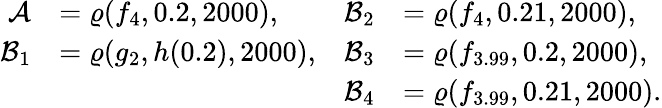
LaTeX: \begin{array}{rlrl}{\mathcal{A}}&{=\varrho(f_{4},0.2,2000),}&{\mathcal{B}_{2}}&{=\varrho(f_{4},0.21,2000),}\\ {\mathcal{B}_{1}}&{=\varrho(g_{2},h(0.2),2000),}&{\mathcal{B}_{3}}&{=\varrho(f_{3.99},0.2,2000),}\\ &{}&{\mathcal{B}_{4}}&{=\varrho(f_{3.99},0.21,2000).}\end{array}